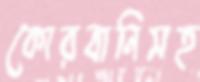
কোরবানিসহ